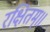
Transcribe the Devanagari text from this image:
रक्षितम्॥